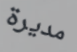
مديرة